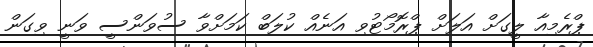
ޕްރެމިއާ ލީގަށް އަލަށް ޕްރޮމޯޓުވި އަނެއް ކުލަބް ކަމަށްވާ ސުވަންސީ ވަނީ ވިގަން